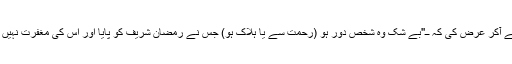
فرمایا بے شک جبرئیل ں نے آکر عرض کی کہ ــ''بے شک وہ شخص دور ہو (رحمت سے یا ہلاک ہو) جس نے رمضان شریف کو پایا اور اس کی مغفرت نہیں ہوئی'' میں نے کہا ــ''آمین ''۔